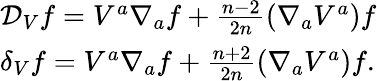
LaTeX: \begin{array}{l}{{{\mathcal D}_{V}f=V^{a}\nabla_{a}f+\frac{n-2}{2n}(\nabla_{a}V^{a})f}}\\ {{\delta_{V}f=V^{a}\nabla_{a}f+\frac{n+2}{2n}(\nabla_{a}V^{a})f.}}\end{array}